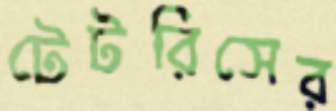
টেটরিসের